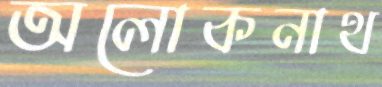
অলোকনাথ